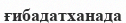
ғибадатханада